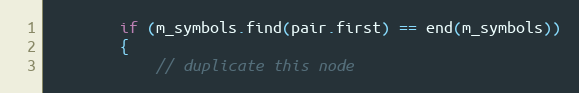
Language: C++
        if (m_symbols.find(pair.first) == end(m_symbols))
        {
            // duplicate this node